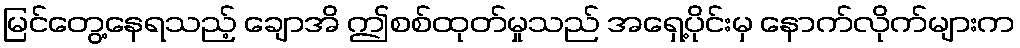
မြင်တွေ့နေရသည့် ချောအိ ဤစစ်ထုတ်မှုသည် အရှေ့ပိုင်းမှ နောက်လိုက်များက